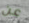
عن